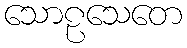
သောဠသေတေ